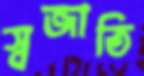
স্বজাতি